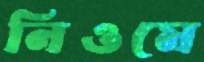
নিওমে